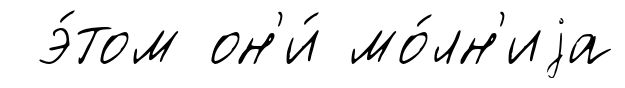
э́том он'и́ мо́лн'иjа